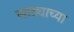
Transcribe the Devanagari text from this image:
साठ्याच्या